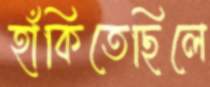
হাঁকিতেছিলে